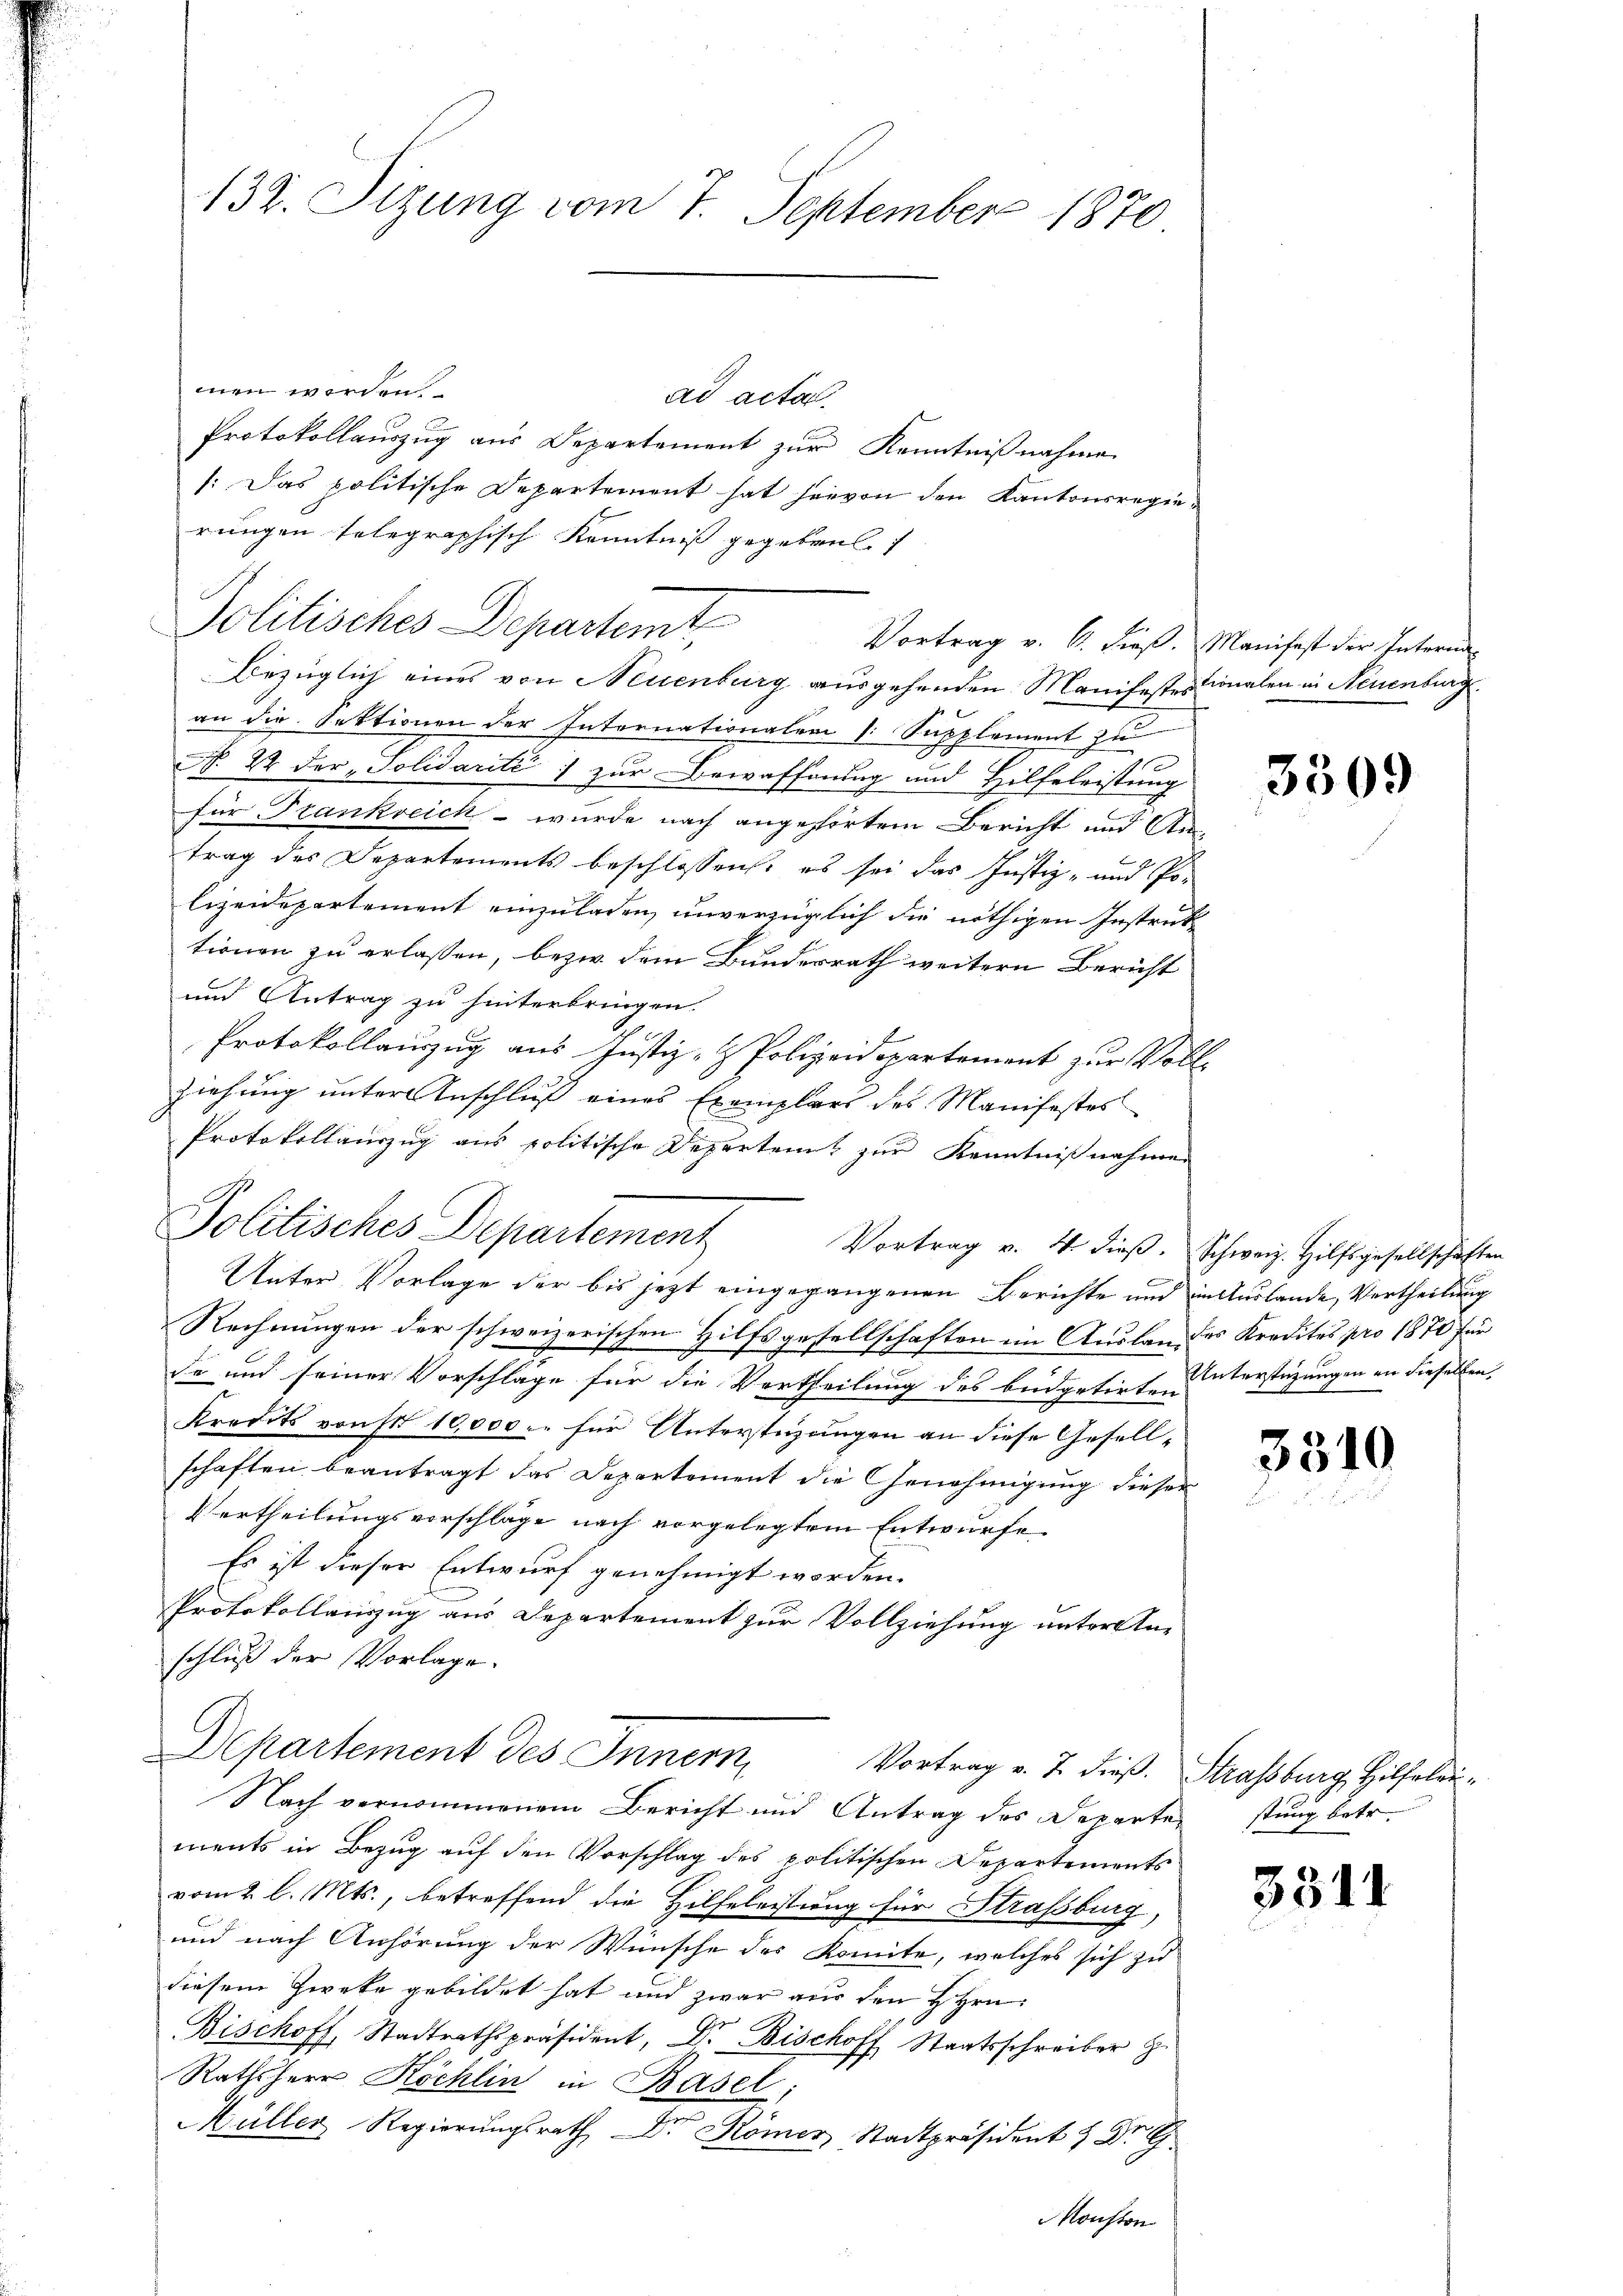
132. Sizung vom 7. September 1870

men werden
ad acta.
Protokollauszug aus Departement zur Kenntnißnahme
: Das politische Departement hat hervon den Kantonsregierungen telegraphisch Kenntniß gegeben.
Politisches Departemt,
Vortrag v. 6. dieß. Manifest der Interna
Bezüglich eines von Neuenburg ausgehenden Manifestestionalen in Neuenburg
an die Sektionen der Internationalen 1. Supplement zu
No 24 der Solidarité zur Bewaffnung und Hilfeleistung
für Frankreich – wurde nach angehörten Bericht und Antrag des Departements beschlossens, es sei das Justiz- und Polizeidepartement einzuladen, unverzüglich die nöthigen Instruk
tionen zu erlassen, bezw. dem Bundesrath weitern Bericht
und Antrag zu hinterbringen.
Protokollauszug aus Justiz- & Polizeidepartement zur Vollziehung unter Anschluß eines Exemplars des Manifestes
Protokollauszug aus politische Departent zur Kenntnißnahmen
n
Solitisches Departement
Vortrag v. 4. dieβ. Schweiz. Hilfsgesellschaften
.
Unter Vorlage der bis jetzt eingegangenen Berichte und in Auslande, Vertheilung
Rechnungen der schweizerischen Hilfsgesellschaften im Auslandes Kredites pro 1870 für
de und seiner Vorschlage für die Vortheilung des Büdgetirte unterstüzungen an dieselben.
Kredits vonst 10,000.- für Unterstüzungen an diese Gesellschaften beantragt das Departement die Genehmigung dieser
Vertheilungsvorschläge nach vorgelegtem Entwurfe
Es ist dieser Entwurf genehmigt worden.
Protokollauszug aus Departement zur Vollziehung unter An-
schluß der Vorlage.
Departement des Innern,
Vortrag v. 7. dieß. Strassburg, Hilfelei¬
Nach vernommenem Bericht und Antrag des Departe stung betr.
ments in Bezug auf den Vorschlag des politischen Departements
vom 2. l. Mts., betreffend die Hilfeleistung für Strassburg,
und nach Anhörung der Wünsche des Komite, welches sich zu
diesem Zweke gebildet hat und zwar aus den H. Hrn.
Bischoff, Stadtrathspräsident, Dr. Bischoff Staatsschreiber z
Rathsherr Köchlin in Basel;
Müller Regierungsrath Dr Römer, Stadtpräsident & Dr G.
Mouston

3509

3310

3344